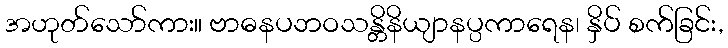
အဟုတ်သော်ကား။ ဗာဓနပဘဝသန္တိနိယျာနပ္ပကာရေန၊ နှိပ် စက်ခြင်း,